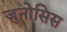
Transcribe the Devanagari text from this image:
ज़ुनोसिस